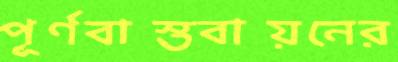
পূর্ণবাস্তবায়নের